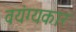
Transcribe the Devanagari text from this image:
वयंग्यकार